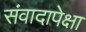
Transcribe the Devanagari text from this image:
संवादापेक्षा